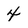
Character: 4